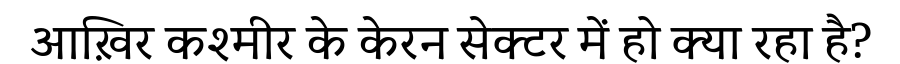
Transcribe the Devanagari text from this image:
आख़िर कश्मीर के केरन सेक्टर में हो क्या रहा है?